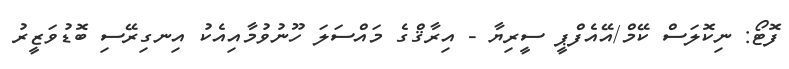
ފޮޓޯ: ނިކޮލަސް ކޭމް/އޭއެފްޕީ ސީރިޔާ - އިރާޤްގެ މައްސަލަ ހޫނުވުމާއިއެކު އިނގިރޭސި ބޮޑުވަޒީރު